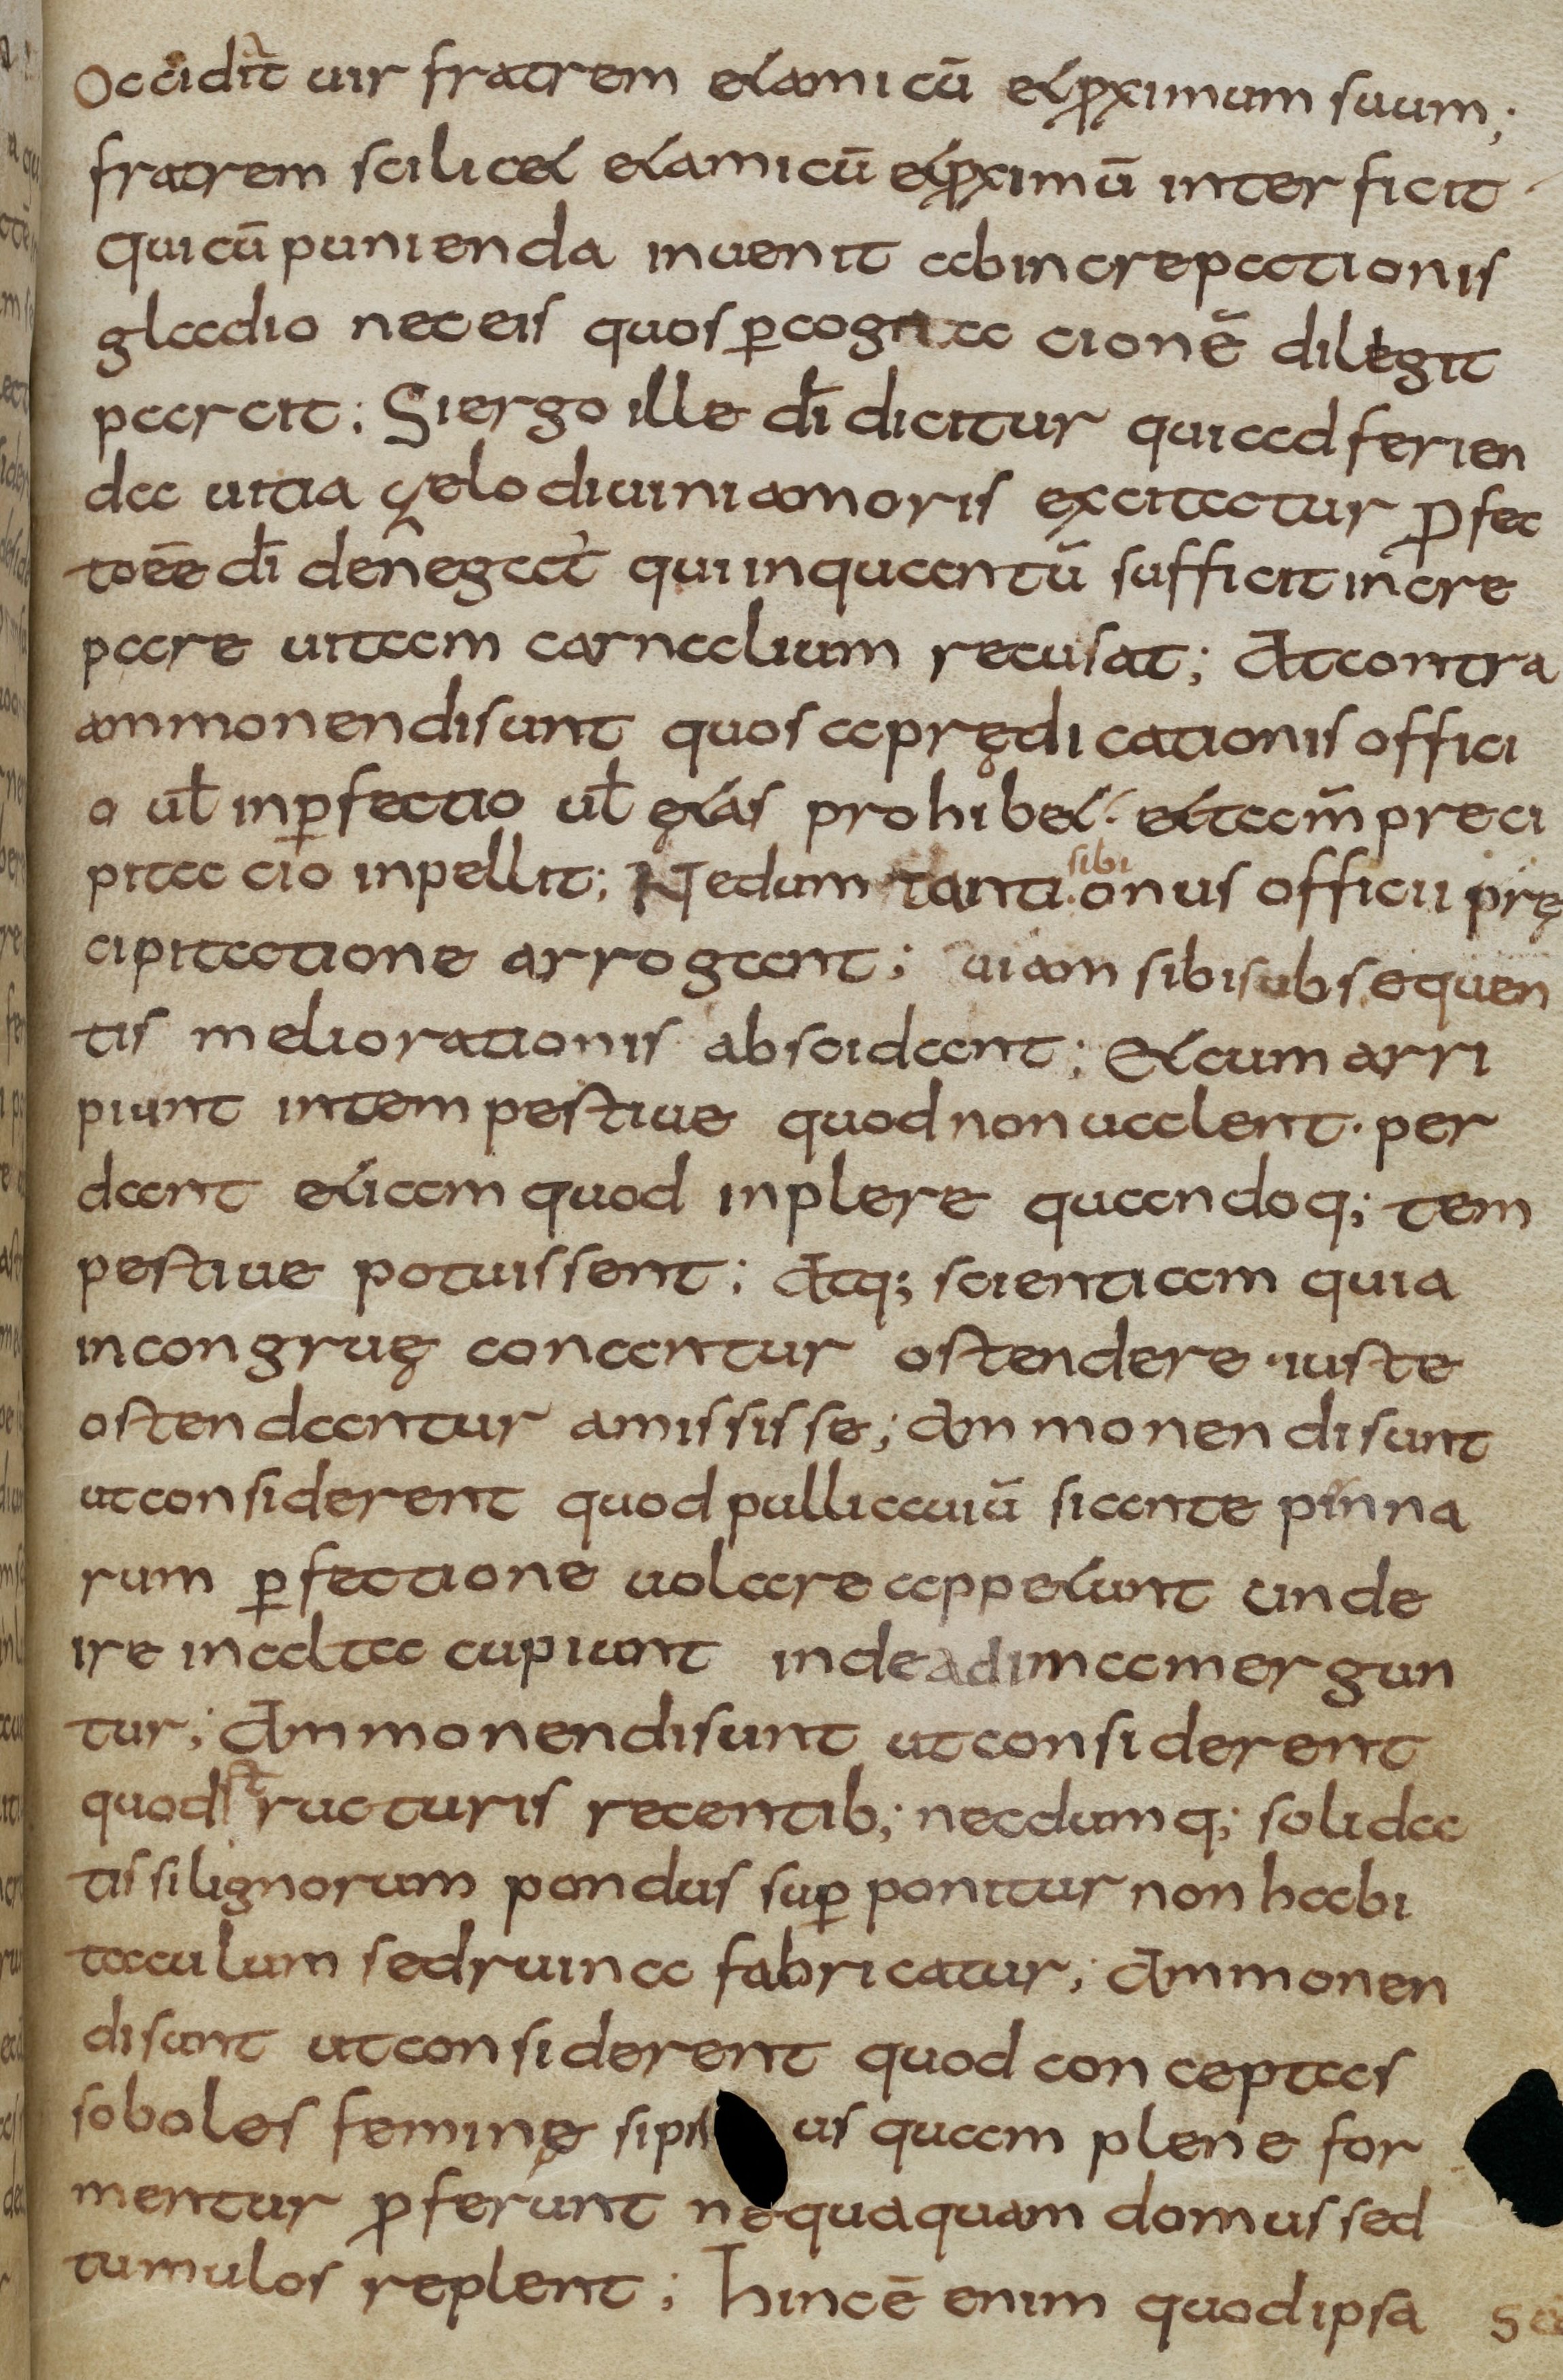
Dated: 800–830